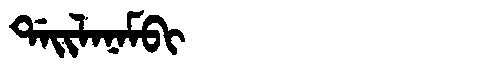
Manchu: ᡩᠠᡳᠯᠠᠨᠠᠮᠪᡳ
Romanization: DAILANAMBI